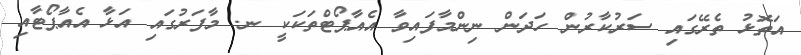
އަތޮޅު ތެރޭގައި ސަރުކާރުން ހަދަން ނިންމާފައިވާ އެއާޕޯޓްތަކަކީ ނ. މާފަރުގައި އަޅާ އެއާޕޯޓާއި